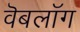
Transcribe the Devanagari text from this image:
वॆबलॉग